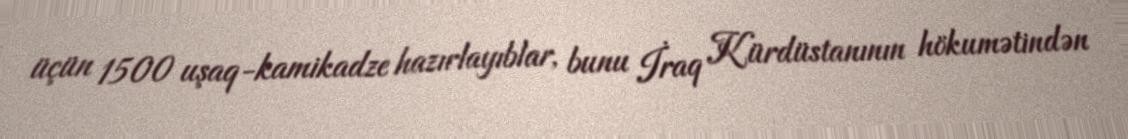
üçün 1500 uşaq-kamikadze hazırlayıblar, bunu İraq Kürdüstanının hökumətindən